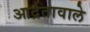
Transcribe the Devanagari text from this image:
आर्द्रतावाले